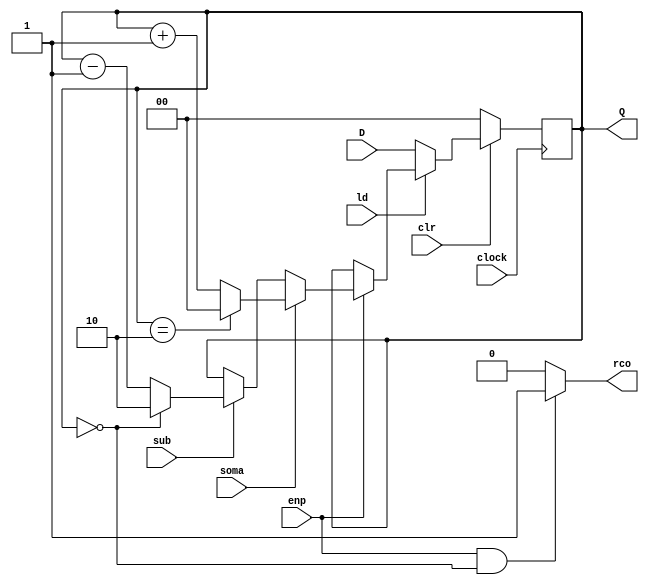

module contador_3_mais_menos ( clock, clr, ld, soma, sub, enp, D, Q, rco);
    input clock, clr, ld, enp, soma, sub;
    input [1:0] D;
    output reg [1:0] Q;
    output reg rco;

    always @ (posedge clock) begin
        if (~clr)               Q <= 2'b0;
        else if (~ld)           Q <= D;
        else if (enp) begin
            if (soma == 1) begin
                if (Q==2'b10)               Q <= 2'b0;
                else                        Q <= Q + 1;
            end 
            else if (sub == 1) begin
                if (Q==2'b00)               Q <= 2'b10;
                else                        Q <= Q - 1;
            end 
        end
        else  begin
            Q <= Q;
        end 
    end

    always @ (Q or enp)
        if (enp && (Q == 2'b00))   rco = 1;
        else                       rco = 0;
endmodule